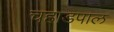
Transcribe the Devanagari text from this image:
चहाडपाल